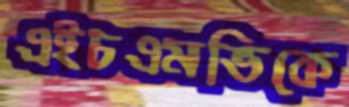
এইচএমভিকে